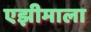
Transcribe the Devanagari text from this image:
एझीमाला